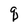
Character: q